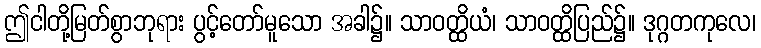
ဤငါတို့မြတ်စွာဘုရား ပွင့်တော်မူသော အခါ၌။ သာဝတ္ထိယံ၊ သာဝတ္ထိပြည်၌။ ဒုဂ္ဂတကုလေ၊